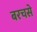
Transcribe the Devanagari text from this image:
बरचसे